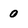
Character: 0